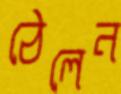
ঠেলেন